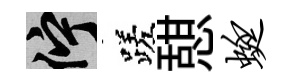
伫蹉憇蜓